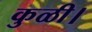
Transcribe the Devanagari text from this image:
कुळी।